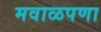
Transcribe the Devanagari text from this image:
मवाळपणा